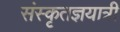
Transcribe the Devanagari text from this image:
संस्कृतज्ञयात्री